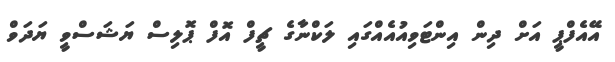
އޭއެފްޕީ އަށް ދިން އިންޓަވިއުއެއްގައި ލަކްނާގެ ޗީފް އޮފް ޕޮލިސް ޔަޝަސްވީ ޔަދަވް